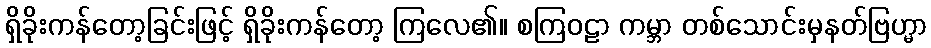
ရှိခိုးကန်တော့ခြင်းဖြင့် ရှိခိုးကန်တော့ ကြလေ၏။ စကြဝဠာ ကမ္ဘာ တစ်သောင်းမှနတ်ဗြဟ္မာ